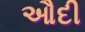
ઔદી